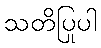
သတိပြုပါ